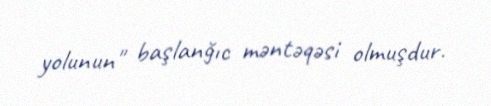
yolunun" başlanğıc məntəqəsi olmuşdur.